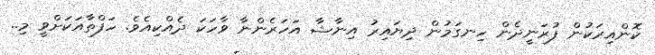
ކޮންއިރަކުން ފުރަނީދެން ހިނގަމުން ދިޔައިރު އިނާޝާ އަހަރެންނާ ވާހަކަ ދެއްކިއެވެ. ހަފްތާއަކަށްވީ މި..